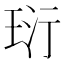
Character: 𤤾